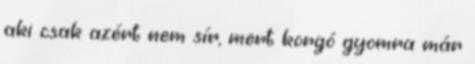
aki csak azért nem sír, mert korgó gyomra már